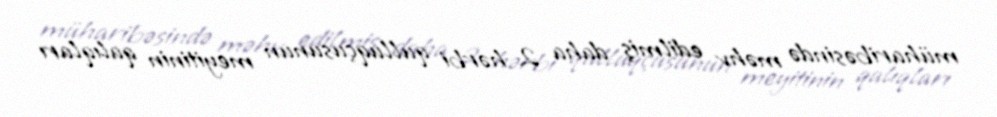
müharibəsində məhv edilmiş daha 2 hərbi qulluqçusunun meyitinin qalıqları